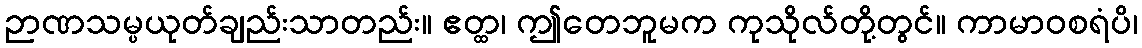
ဉာဏသမ္ပယုတ်ချည်းသာတည်း။ ဧတ္ထ၊ ဤတေဘူမက ကုသိုလ်တို့တွင်။ ကာမာဝစရံပိ၊